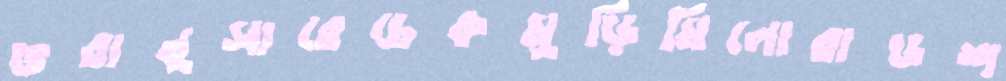
ভরানুসারেচেকমুড়িমিলোরাডশ